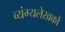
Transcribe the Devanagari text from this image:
व्यंग्यलेखकों